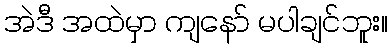
အဲဒီ အထဲမှာ ကျနော် မပါချင်ဘူး။